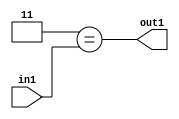
`timescale 1ps / 1ps
/*****************************************************************************
    Verilog RTL Description
    
    
    Created by: Stratus DpOpt 2019.1.01 
*******************************************************************************/

module bn_addr_gen_Eqi3u16_1 (
	in1,
	out1
	); /* architecture "behavioural" */ 
input [15:0] in1;
output  out1;
wire  asc001;

assign asc001 = (21'B000000000000000000011==in1);

assign out1 = asc001;
endmodule

/* CADENCE  urnyTgg= : u9/ySgnWtBlWxVPRXgAZ4Og= ** DO NOT EDIT THIS LINE ******/